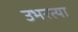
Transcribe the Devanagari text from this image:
उभरत्या